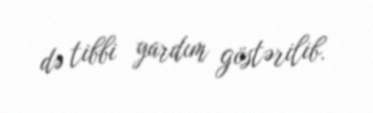
də tibbi yardım göstərilib.